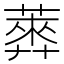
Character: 𦻣